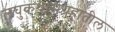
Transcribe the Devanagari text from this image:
लघुकथासंग्रहातील